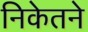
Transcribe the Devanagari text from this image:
निकेतने